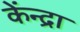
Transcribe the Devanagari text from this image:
केंन्द्रा